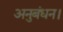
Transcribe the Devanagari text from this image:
अनुबंधन।